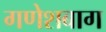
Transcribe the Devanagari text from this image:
गणेशबाग